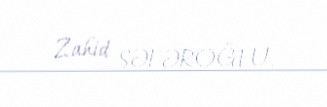
Zahid SƏFƏROĞLU.